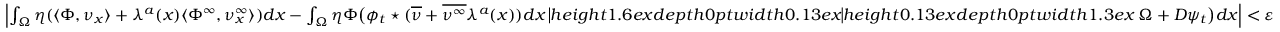
\begin{array} { r } { \left| \int _ { \Omega } \eta ( \langle \Phi , \nu _ { x } \rangle + \lambda ^ { a } ( x ) \langle \Phi ^ { \infty } , \nu _ { x } ^ { \infty } \rangle ) d x - \int _ { \Omega } \eta \Phi \big ( \phi _ { t } \star ( \overline { { \nu } } + \overline { { \nu ^ { \infty } } } \lambda ^ { a } ( x ) ) d x \mathbin { \vrule h e i g h t 1 . 6 e x d e p t h 0 p t w i d t h 0 . 1 3 e x \vrule h e i g h t 0 . 1 3 e x d e p t h 0 p t w i d t h 1 . 3 e x } \Omega + D \psi _ { t } \big ) d x \right| < \varepsilon } \end{array}